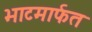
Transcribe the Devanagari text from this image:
भाटमार्फत